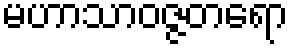
မဟာသာဝဇ္ဇတရော